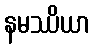
နမဿိယာ